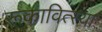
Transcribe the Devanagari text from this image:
रूकावित्स्या